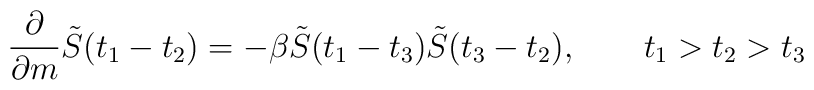
{\partial\over \partial{m}}\tilde{S}(t_1-t_2)=-\beta\tilde{S}(t_1-t_3)\tilde{S}(t_3-t_2), \qquad t_1>t_2 >t_3